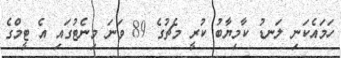
ހަމައެކަނި ލަނޑު ކާމިޔާބު ކުރީ މެޗުގެ 89 ވަނަ މިނެޓުގައި އެ ޓީމްގެ